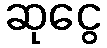
ဆုငွေ